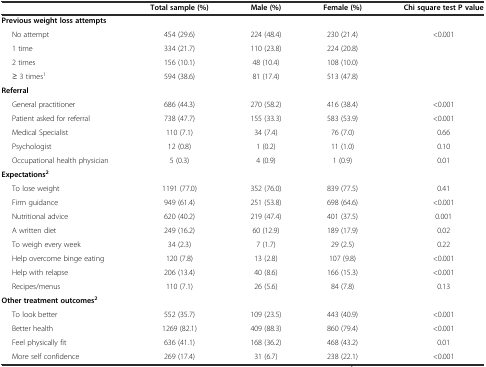
<table><thead><tr><td></td><td><b>Total sample (%)</b></td><td><b>Male (%)</b></td><td><b>Female (%)</b></td><td><b>Chi square test P value</b></td></tr></thead><tbody><tr><td><b>Previous weight loss attempts</b></td><td></td><td></td><td></td><td></td></tr><tr><td>No attempt</td><td>454 (29.6)</td><td>224 (48.4)</td><td>230 (21.4)</td><td>&lt;0.001</td></tr><tr><td>1 time</td><td>334 (21.7)</td><td>110 (23.8)</td><td>224 (20.8)</td><td></td></tr><tr><td>2 times</td><td>156 (10.1)</td><td>48 (10.4)</td><td>108 (10.0)</td><td></td></tr><tr><td>≥ 3 times<sup>1</sup></td><td>594 (38.6)</td><td>81 (17.4)</td><td>513 (47.8)</td><td></td></tr><tr><td><b>Referral</b></td><td></td><td></td><td></td><td></td></tr><tr><td>General practitioner</td><td>686 (44.3)</td><td>270 (58.2)</td><td>416 (38.4)</td><td>&lt;0.001</td></tr><tr><td>Patient asked for referral</td><td>738 (47.7)</td><td>155 (33.3)</td><td>583 (53.9)</td><td>&lt;0.001</td></tr><tr><td>Medical Specialist</td><td>110 (7.1)</td><td>34 (7.4)</td><td>76 (7.0)</td><td>0.66</td></tr><tr><td>Psychologist</td><td>12 (0.8)</td><td>1 (0.2)</td><td>11 (1.0)</td><td>0.10</td></tr><tr><td>Occupational health physician</td><td>5 (0.3)</td><td>4 (0.9)</td><td>1 (0.9)</td><td>0.01</td></tr><tr><td><b>Expectations</b><sup><b>2</b></sup></td><td></td><td></td><td></td><td></td></tr><tr><td>To lose weight</td><td>1191 (77.0)</td><td>352 (76.0)</td><td>839 (77.5)</td><td>0.41</td></tr><tr><td>Firm guidance</td><td>949 (61.4)</td><td>251 (53.8)</td><td>698 (64.6)</td><td>&lt;0.001</td></tr><tr><td>Nutritional advice</td><td>620 (40.2)</td><td>219 (47.4)</td><td>401 (37.5)</td><td>0.001</td></tr><tr><td>A written diet</td><td>249 (16.2)</td><td>60 (12.9)</td><td>189 (17.9)</td><td>0.02</td></tr><tr><td>To weigh every week</td><td>34 (2.3)</td><td>7 (1.7)</td><td>29 (2.5)</td><td>0.22</td></tr><tr><td>Help overcome binge eating</td><td>120 (7.8)</td><td>13 (2.8)</td><td>107 (9.8)</td><td>&lt;0.001</td></tr><tr><td>Help with relapse</td><td>206 (13.4)</td><td>40 (8.6)</td><td>166 (15.3)</td><td>&lt;0.001</td></tr><tr><td>Recipes/menus</td><td>110 (7.1)</td><td>26 (5.6)</td><td>84 (7.8)</td><td>0.13</td></tr><tr><td><b>Other treatment outcomes</b><sup><b>2</b></sup></td><td></td><td></td><td></td><td></td></tr><tr><td>To look better</td><td>552 (35.7)</td><td>109 (23.5)</td><td>443 (40.9)</td><td>&lt;0.001</td></tr><tr><td>Better health</td><td>1269 (82.1)</td><td>409 (88.3)</td><td>860 (79.4)</td><td>&lt;0.001</td></tr><tr><td>Feel physically fit</td><td>636 (41.1)</td><td>168 (36.2)</td><td>468 (43.2)</td><td>0.01</td></tr><tr><td>More self confidence</td><td>269 (17.4)</td><td>31 (6.7)</td><td>238 (22.1)</td><td>&lt;0.001</td></tr></tbody></table>